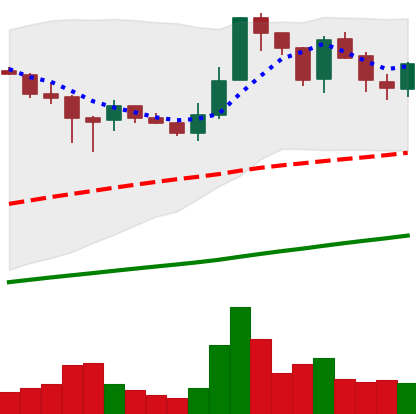
Ticker: LTC-USD
Chart end date: 2017-07-12
Forward return: -12.475%
Label: down_7plus